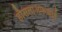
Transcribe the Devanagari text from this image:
हौसलाअफजाई